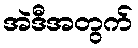
အဲဒီအတွက်